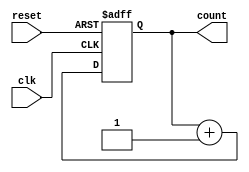
module UpCounter (
    input wire clk,            // Clock input
    input wire reset,          // Synchronous reset input
    output reg [2:0] count     // 3-bit output (current count)
);

// Always block triggered on the rising edge of the clock or reset
always @(posedge clk or posedge reset) begin
    if (reset) begin
        count <= 3'b000;       // Reset the counter to 0
    end else begin
        count <= count + 1;    // Increment the count
    end
end

endmodule